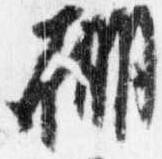
棚